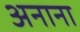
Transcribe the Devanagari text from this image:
अनाना